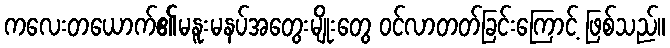
ကလေးတယောက်၏မနူးမနပ်အတွေးမျိုးတွေ ဝင်လာတတ်ခြင်းကြောင့် ဖြစ်သည်။